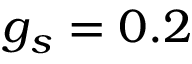
g _ { s } = 0 . 2